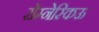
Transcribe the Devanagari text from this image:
रोम्नेस्किऊ